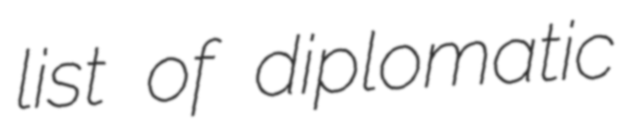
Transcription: list of diplomatic